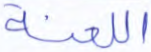
اللعنة